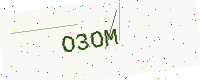
Text: O3OM